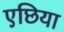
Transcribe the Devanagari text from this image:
एछिया